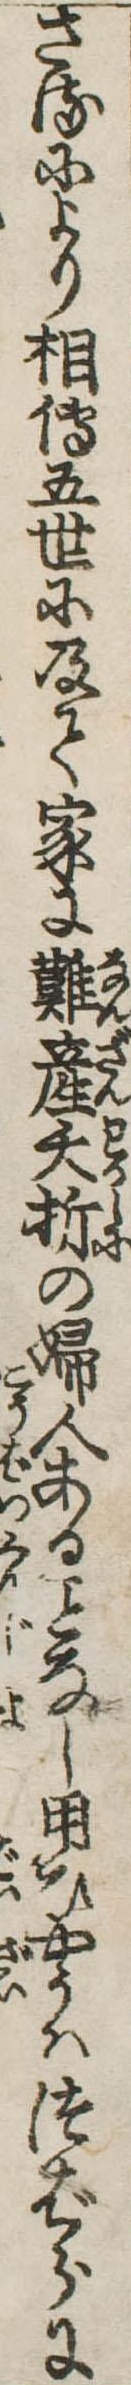
さるにより相伝五世に及て家に難産夭折の婦人あるなし用ひやうはつばらに